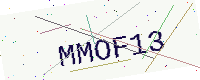
Text: MMOF13